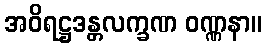
အဝိရဋ္ဌဒန္တလက္ခဏ ဝဏ္ဏနာ။